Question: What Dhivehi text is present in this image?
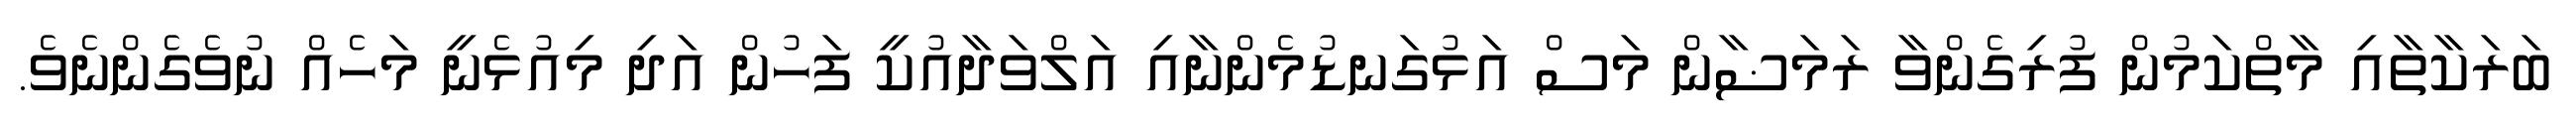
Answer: ބަރަކާތާއި މާތްކަމުން ފުރިގެންވާ ރަމަޟާން މަސް އަޅުގަނޑުމެންނާއި އަލްވަދާއުކީ ފަހުން އަދި މިއުޅެނީ މަހެއް ނުވެގެންނެވެ.